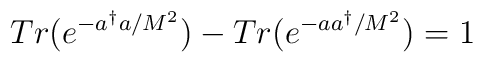
Tr(e^{-a^{\dagger}a/M^{2}}) - Tr(e^{-aa^{\dagger}/M^{2}}) = 1